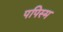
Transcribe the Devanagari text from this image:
पपिस्म